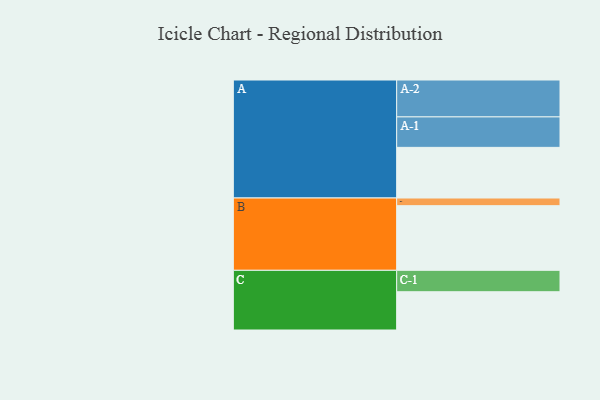
{"axis": {"x": "Segment", "y": "Value"}, "legend": ["", "A", "B", "C"], "data": [{"x": "A", "y": 409, "type": ""}, {"x": "B", "y": 522, "type": ""}, {"x": "C", "y": 309, "type": ""}, {"x": "A-1", "y": 246, "type": "A"}, {"x": "A-2", "y": 298, "type": "A"}, {"x": "B-1", "y": 62, "type": "B"}, {"x": "C-1", "y": 173, "type": "C"}]}